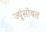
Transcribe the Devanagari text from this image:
ज्यूंसोबत